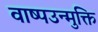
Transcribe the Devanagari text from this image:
वाष्पउन्मुक्ति